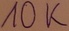
Text: 10K